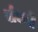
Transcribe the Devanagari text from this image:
बोवणी